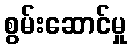
စွမ်းဆောင်မှု